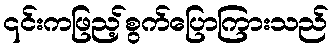
၎င်းကဖြည့်စွက်ပြောကြားသည်